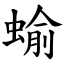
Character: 蝓